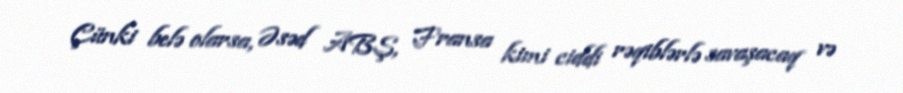
Çünki belə olarsa, Əsəd ABŞ, Fransa kimi ciddi rəqiblərlə savaşacaq və